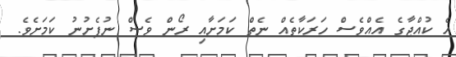
އެ ކުއްޖާގެ އެއްވެސް ހަރަކާތެއް ނެތް ކަމަށާއި ރޯން ވެސް ނުފެށުނު ކަމަށެވެ.